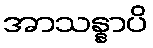
အာသန္နာပိ